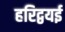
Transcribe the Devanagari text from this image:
हरिद्वयई